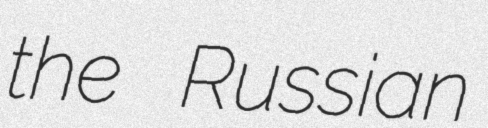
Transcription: the Russian